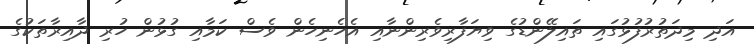
އަދި މިދަތުރުފުޅުގައި ތައިލޭންޑުގެ ވިޔަފާރިވެރިންނާއި އެހެނިހެން ވެސް ކަމާއި ގުޅުން ހުރި ދާއިރާތަކުގެ